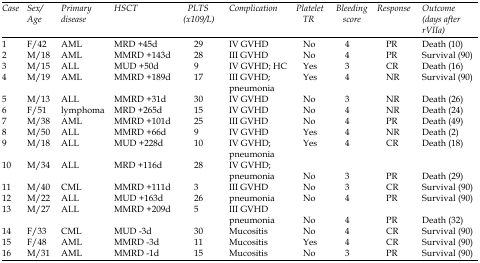
<table><thead><tr><td><b>Case</b></td><td><b>Sex/Age</b></td><td><b>Primary disease</b></td><td><b>HSCT</b></td><td><b>PLTS (x109/L)</b></td><td><b>Complication</b></td><td><b>Platelet TR</b></td><td><b>Bleeding score</b></td><td><b>Response</b></td><td><b>Outcome (days after rVIIa)</b></td></tr></thead><tbody><tr><td>1</td><td>F/42</td><td>AML</td><td>MRD +45d</td><td>29</td><td>IV GVHD</td><td>No</td><td>4</td><td>PR</td><td>Death (10)</td></tr><tr><td>2</td><td>M/18</td><td>AML</td><td>MMRD +143d</td><td>28</td><td>III GVHD</td><td>No</td><td>4</td><td>PR</td><td>Survival (90)</td></tr><tr><td>3</td><td>M/15</td><td>ALL</td><td>MUD +50d</td><td>9</td><td>IV GVHD; HC</td><td>Yes</td><td>3</td><td>CR</td><td>Death (16)</td></tr><tr><td>4</td><td>M/19</td><td>AML</td><td>MMRD +189d</td><td>17</td><td>III GVHD; pneumonia</td><td>Yes</td><td>4</td><td>NR</td><td>Survival (90)</td></tr><tr><td>5</td><td>M/13</td><td>ALL</td><td>MMRD +31d</td><td>30</td><td>IV GVHD</td><td>No</td><td>3</td><td>NR</td><td>Death (26)</td></tr><tr><td>6</td><td>F/51</td><td>lymphoma</td><td>MRD +265d</td><td>15</td><td>IV GVHD</td><td>No</td><td>4</td><td>NR</td><td>Death (24)</td></tr><tr><td>7</td><td>M/38</td><td>AML</td><td>MMRD +101d</td><td>25</td><td>III GVHD</td><td>No</td><td>4</td><td>PR</td><td>Death (49)</td></tr><tr><td>8</td><td>M/50</td><td>ALL</td><td>MMRD +66d</td><td>9</td><td>IV GVHD</td><td>Yes</td><td>4</td><td>NR</td><td>Death (2)</td></tr><tr><td>9</td><td>M/18</td><td>ALL</td><td>MUD +228d</td><td>10</td><td>IV GVHD; pneumonia</td><td>Yes</td><td>4</td><td>CR</td><td>Death (18)</td></tr><tr><td>10</td><td>M/34</td><td>ALL</td><td>MRD +116d</td><td>28</td><td>IV GVHD; pneumonia</td><td>No</td><td>3</td><td>PR</td><td>Death (29)</td></tr><tr><td>11</td><td>M/40</td><td>CML</td><td>MMRD +111d</td><td>3</td><td>III GVHD</td><td>No</td><td>3</td><td>CR</td><td>Survival (90)</td></tr><tr><td>12</td><td>M/22</td><td>ALL</td><td>MUD +163d</td><td>26</td><td>pneumonia</td><td>No</td><td>4</td><td>PR</td><td>Survival (90)</td></tr><tr><td>13</td><td>M/27</td><td>ALL</td><td>MMRD +209d</td><td>5</td><td>III GVHD pneumonia</td><td>No</td><td>4</td><td>PR</td><td>Death (32)</td></tr><tr><td>14</td><td>F/33</td><td>CML</td><td>MUD -3d</td><td>30</td><td>Mucositis</td><td>No</td><td>4</td><td>CR</td><td>Survival (90)</td></tr><tr><td>15</td><td>F/48</td><td>AML</td><td>MMRD -3d</td><td>11</td><td>Mucositis</td><td>Yes</td><td>4</td><td>CR</td><td>Survival (90)</td></tr><tr><td>16</td><td>M/31</td><td>AML</td><td>MMRD -1d</td><td>15</td><td>Mucositis</td><td>No</td><td>3</td><td>PR</td><td>Survival (90)</td></tr></tbody></table>